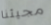
مجيئنا